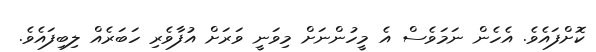
ކޮށްފައެވެ. އެހެން ނަމަވެސް އެ މީހުންނަށް މިވަނީ ވަރަށް އުފާވެރި ހަބަރެއް ލިބިފައެވެ.